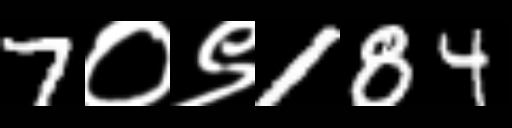
Text: 7०९184